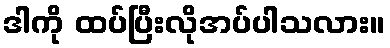
ဒါကို ထပ်ပြီးလိုအပ်ပါသလား။